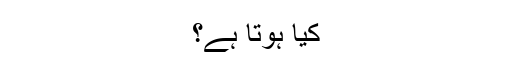
کیا ہوتا ہے؟